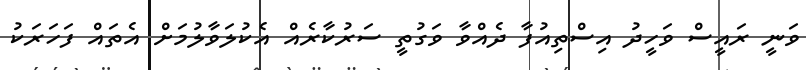
ވަނީ ރައީސް ވަހީދު އިސްތިއުފާ ދެއްވާ ވަގުތީ ސަރުކާރެއް އެކުލަވާލުމަށް އެތައް ފަހަރަކު